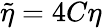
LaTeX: \widetilde{\eta}=4C\eta